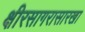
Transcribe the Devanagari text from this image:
क्षीरसागरासारखा